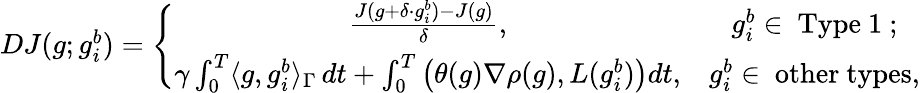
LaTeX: \begin{array}{r}{DJ(g;g_{i}^{b})=\left\{ \begin{array}{cc}{\frac{J(g+\delta\cdot g_{i}^{b})-J(g)}{\delta},}&{g_{i}^{b}\in\mathrm{~Type~1~};}\\ {\gamma\int_{0}^{T}\langle g,g_{i}^{b}\rangle_{\Gamma}\, dt+\int_{0}^{T}\left(\theta(g)\nabla\rho(g),L(g_{i}^{b})\right)dt,}&{g_{i}^{b}\in\mathrm{~other~types},}\end{array}\right.}\end{array}